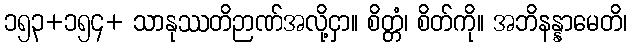
၁၅၃+၁၅၄+ သာနုဿတိဉာဏ်အလို့ငှာ။ စိတ္တံ၊ စိတ်ကို။ အဘိနန္နာမေတိ၊